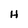
Character: H